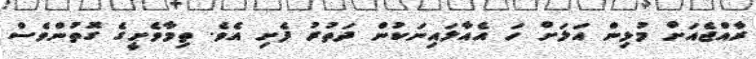
ރާއްޖެއަށް މުޅިން އަލަށް ހަ އެއާލައިނަކުން ދަތުރު ފެށި އެވެ. ތިމާވެށީގެ ގޮތުންވެސް